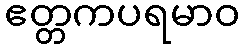
ဧတ္တကပရမာဝ